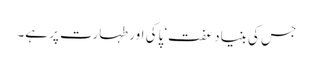
جس کی بنیاد عفت‘ پاکی اور طہارت پر ہے۔